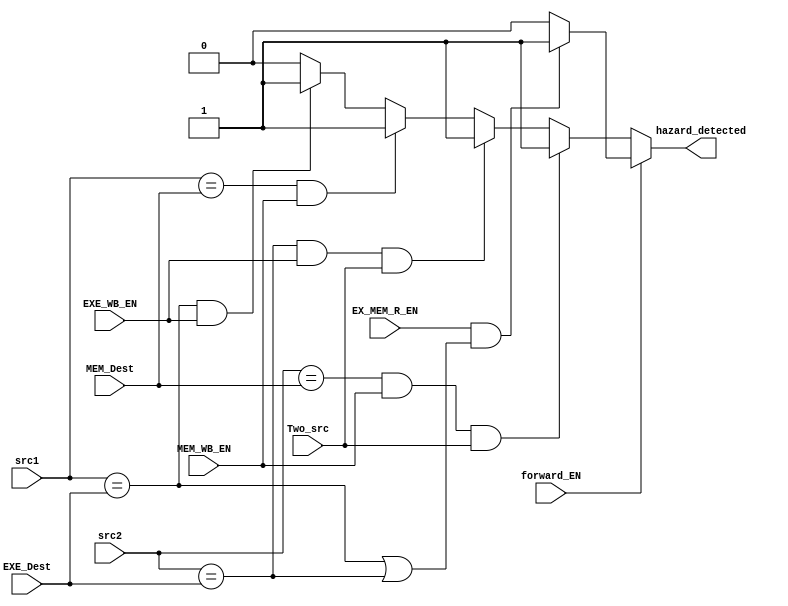
module hazard_detection_unit(
    src1, src2, forward_EN, EX_MEM_R_EN, EXE_Dest, MEM_Dest, EXE_WB_EN, MEM_WB_EN, Two_src, hazard_detected
);
    input EXE_WB_EN, MEM_WB_EN, Two_src, forward_EN, EX_MEM_R_EN;
    input [3:0] src1, src2, EXE_Dest, MEM_Dest;
    output reg hazard_detected;

    always @* begin // (src1, src2, EXE_Dest, MEM_Dest, EXE_WB_EN, MEM_WB_EN, Two_src, forward_EN)
        hazard_detected = 1'b0;
        if(forward_EN) begin
            if(EX_MEM_R_EN & ((src1 == EXE_Dest) | (src2 == EXE_Dest)))
                hazard_detected = 1'b1;
        end
        else begin
            if((src1 == EXE_Dest) & EXE_WB_EN)
                hazard_detected = 1'b1;
            if((src1 == MEM_Dest) & MEM_WB_EN)
                hazard_detected = 1'b1;
            if((src2 == EXE_Dest) & EXE_WB_EN & Two_src)
                hazard_detected = 1'b1;
            if((src2 == MEM_Dest) & MEM_WB_EN & Two_src)
                hazard_detected = 1'b1;
        end
        
    end

endmodule